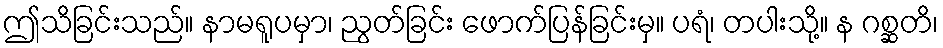
ဤသိခြင်းသည်။ နာမရူပမှာ၊ ညွတ်ခြင်း ဖောက်ပြန်ခြင်းမှ။ ပရံ၊ တပါးသို့။ န ဂစ္ဆတိ၊